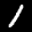
Label: 1